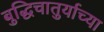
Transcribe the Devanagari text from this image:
बुद्धिचातुर्याच्या